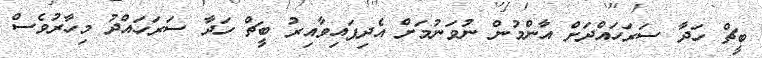
ބީޗް ހަދާ ސަަރަަހައްދަށް އާންމުން ނުވަނުމަށް އެދިފައިވާއިރު ބީޗް ހަދާ ސަރަހައްދު މިހާރުވެސް